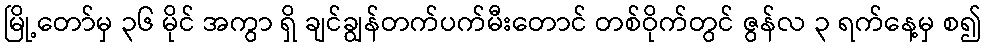
မြို့တော်မှ ၃၆ မိုင် အကွာ ရှိ ချင်ချွန်တက်ပက်မီးတောင် တစ်ဝိုက်တွင် ဇွန်လ ၃ ရက်နေ့မှ စ၍